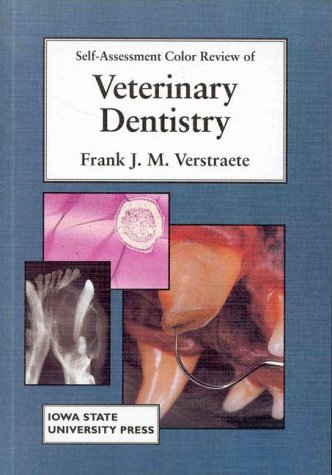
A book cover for Self-Assessment Color Review of Veterinary Dentistry (SELF-ASSESSMENT COLOR REVIEW SERIES); Frank J. M. Verstraete; Medical Books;